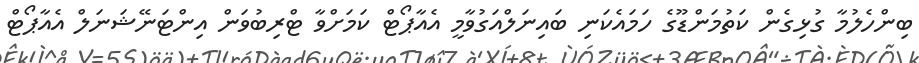
ބިންހެލުމާ ގުޅިގެން ކަތުމަންޑޫގެ ހަމައެކަނި ބައިނަލްއަގުވާމީ އެއާޕޯޓް ކަމަށްވާ ޓްރިބުވަން އިންޓަނޭޝަނަލް އެއާޕޯޓް